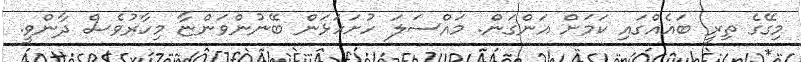
މިގޭގެ ތިރީ ބައެއްގައި ކަމަށް އަންގަން. މައްސަލަ ހުށަހަޅަން ބޭނުންވަންޏާ މިހާރުވެސް ދާންވީ.